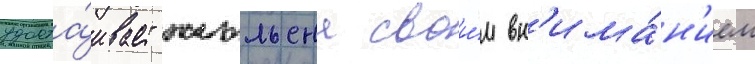
удоста́ивает жюльена свои́м вн'има́н'ием